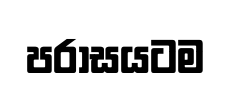
පරාසයටම